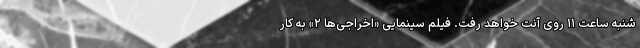
شنبه ساعت ۱۱ روی آنت خواهد رفت. فیلم سینمایی «اخراجی‌ها ۲» به کار